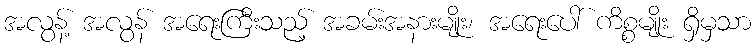
အလွန့် အလွန် အရေးကြီးသည့် အခမ်းအနားမျိုး၊ အရေးပေါ် ကိစ္စမျိုး ရှိမှသာ